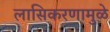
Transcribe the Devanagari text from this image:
लासिकरणामुळे